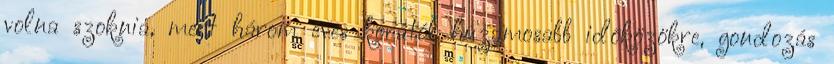
volna szoknia, mert három éves korától huzamosabb idõközökre, gondozás